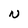
Character: N